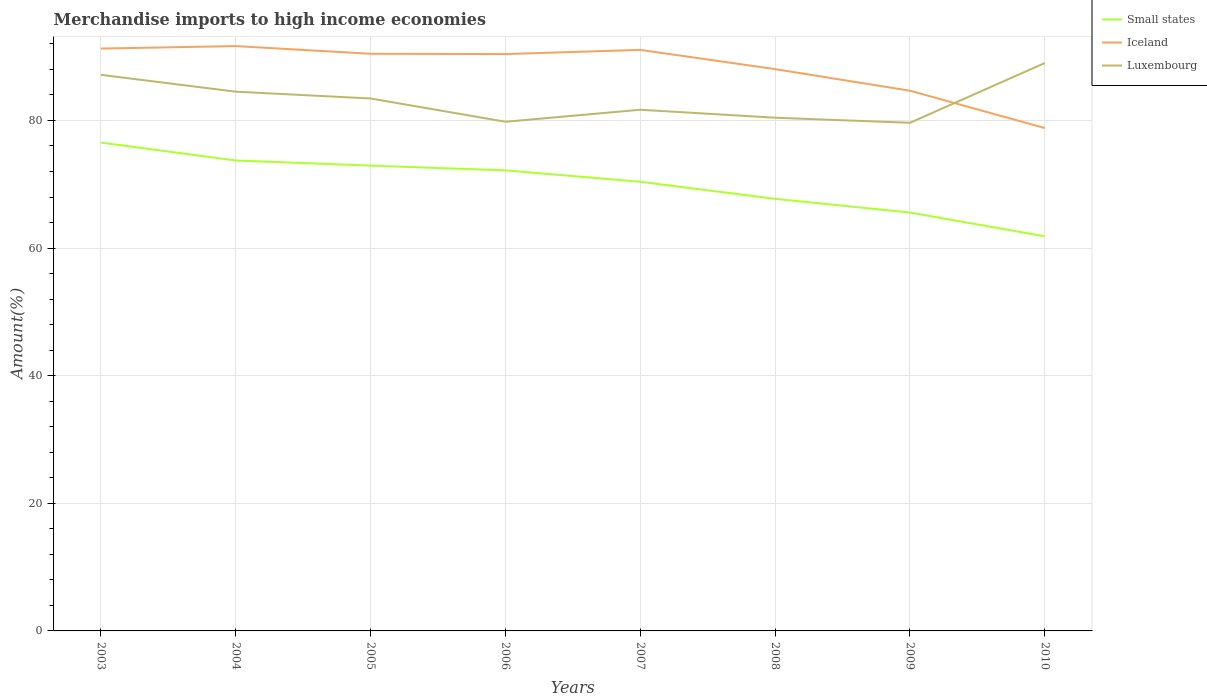
| Years | Small states | Iceland | Luxembourg |
 | --- | --- | --- | --- |
 | 2003 | 76.5 | 91.3 | 87.2 |
 | 2004 | 73.7 | 91.7 | 84.5 |
 | 2005 | 72.9 | 90.5 | 83.4 |
 | 2006 | 72.2 | 90.4 | 79.8 |
 | 2007 | 70.4 | 91.1 | 81.7 |
 | 2008 | 67.7 | 88 | 80.4 |
 | 2009 | 65.6 | 84.7 | 79.6 |
 | 2010 | 61.8 | 78.8 | 89 |